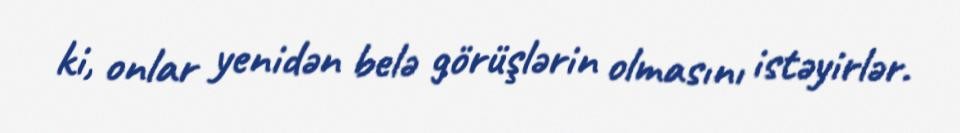
ki, onlar yenidən belə görüşlərin olmasını istəyirlər.